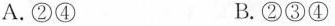
A.②④ B.②③④